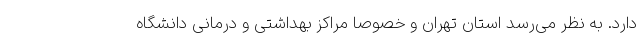
دارد. به نظر می‌رسد استان تهران و خصوصا مراکز بهداشتی و درمانی دانشگاه